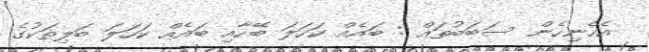
އެހެނިހެން ސަބަބުތައް : ބައެއް ކަހަލަ ބޭހާއި ބައެއް ކަހަލަ ބަލިތަކުގެ